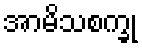
အာမိသစက္ခု